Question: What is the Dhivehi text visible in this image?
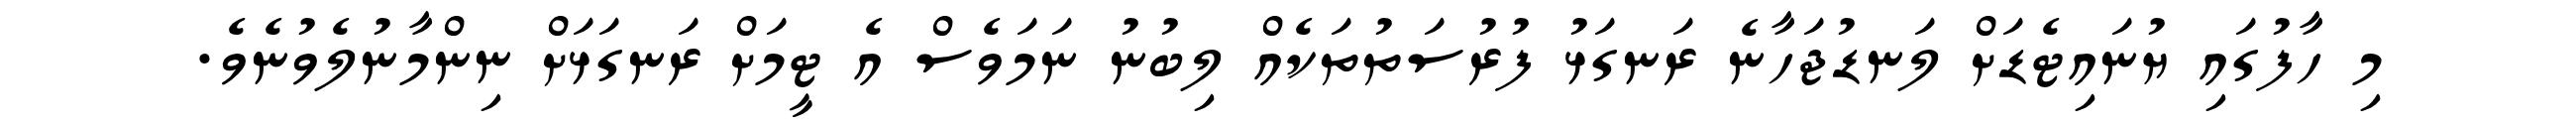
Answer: މި ހާފުގައި ޔުނައިޓެޑަށް ލަނޑުޖަހާނެ ރަނގަޅު ފުރުސަތުތަކެއް ލިބުނު ނަމަވެސް އެ ޓީމަށް ރަނގަޅަށް ނިންމާނުލެވުނެވެ.